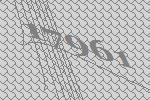
17961